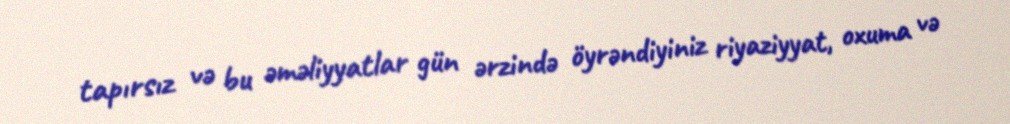
tapırsız və bu əməliyyatlar gün ərzində öyrəndiyiniz riyaziyyat, oxuma və